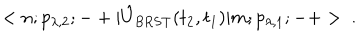
LaTeX: < n ; p _ { \lambda , 2 } ; - + | \hat { U } _ { \mathrm { B R S T } } ( t _ { 2 } , t _ { 1 } ) | m ; p _ { \lambda , 1 } ; - + > \ .